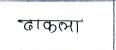
मजकूर: ढाकला